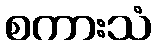
စကားသံ